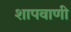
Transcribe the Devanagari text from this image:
शापवाणी